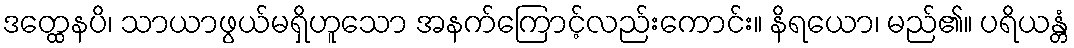
ဒတ္ထေနပိ၊ သာယာဖွယ်မရှိဟူသော အနက်ကြောင့်လည်းကောင်း။ နိရယော၊ မည်၏။ ပရိယန္တံ